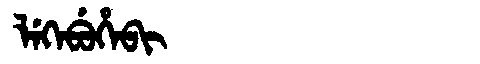
Manchu: ᠯᡝᡴᡝᠪᡠᡥᡝᠪᡳ
Romanization: LEKEBUHEBI